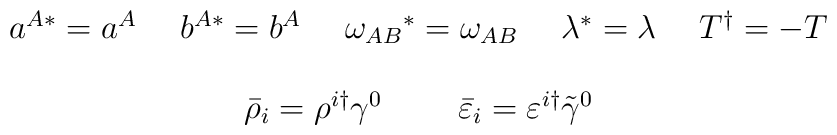
\begin{array}{c}a^{A*}=a^{A}~~~~b^{A*}=b^{A}~~~~\omega_{AB}{}^{*}=\omega_{AB}~~~~\lambda^{*}=\lambda~~~~T^{\dagger}=-T\\{}\\\bar{\rho}_{i}=\rho^{i\dagger}\gamma^{0}~~~~~~~\bar{\varepsilon}_{i}=\varepsilon^{i\dagger}\tilde{\gamma}^{0}\end{array}